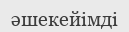
әшекейімді